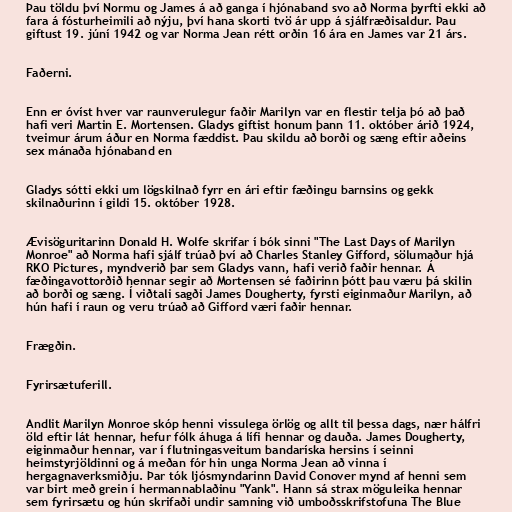
Þau töldu því Normu og James á að ganga í hjónaband svo að Norma þyrfti ekki að
fara á fósturheimili að nýju, því hana skorti tvö ár upp á sjálfræðisaldur. Þau
giftust 19. júní 1942 og var Norma Jean rétt orðin 16 ára en James var 21 árs.

Faðerni.

Enn er óvíst hver var raunverulegur faðir Marilyn var en flestir telja þó að það
hafi veri Martin E. Mortensen. Gladys giftist honum þann 11. október árið 1924,
tveimur árum áður en Norma fæddist. Þau skildu að borði og sæng eftir aðeins
sex mánaða hjónaband en

Gladys sótti ekki um lögskilnað fyrr en ári eftir fæðingu barnsins og gekk
skilnaðurinn í gildi 15. október 1928.

Ævisöguritarinn Donald H. Wolfe skrifar í bók sinni "The Last Days of Marilyn
Monroe" að Norma hafi sjálf trúað því að Charles Stanley Gifford, sölumaður hjá
RKO Pictures, myndverið þar sem Gladys vann, hafi verið faðir hennar. Á
fæðingavottorðið hennar segir að Mortensen sé faðirinn þótt þau væru þá skilin
að borði og sæng. Í viðtali sagði James Dougherty, fyrsti eiginmaður Marilyn, að
hún hafi í raun og veru trúað að Gifford væri faðir hennar.

Frægðin.

Fyrirsætuferill.

Andlit Marilyn Monroe skóp henni vissulega örlög og allt til þessa dags, nær hálfri
öld eftir lát hennar, hefur fólk áhuga á lífi hennar og dauða. James Dougherty,
eiginmaður hennar, var í flutningasveitum bandaríska hersins í seinni
heimstyrjöldinni og á meðan fór hin unga Norma Jean að vinna í
hergagnaverksmiðju. Þar tók ljósmyndarinn David Conover mynd af henni sem
var birt með grein í hermannablaðinu "Yank". Hann sá strax möguleika hennar
sem fyrirsætu og hún skrifaði undir samning við umboðsskrifstofuna The Blue